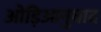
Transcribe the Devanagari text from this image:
ओड़िआनुवाद